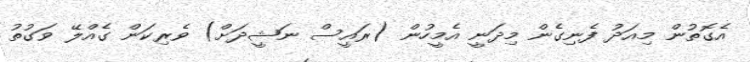
އެގޮތުން މިއަދު ފެނިގެން މިދަނީ އެމީހުން (ރައީސް ނަޝީދަށް) ވެރިކަން ގެއްލޭ ވަގުތު